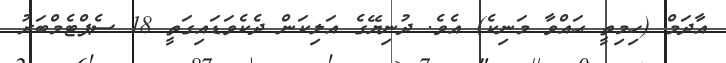
އާދަމް (ހިމިތީ ޙައްވާ މަނިކެ) އެވެ. ދުނިޔޭގެ އަލިކަން ދެކެވަޑައިގަތީ 18 ސެޕްޓެމްބަރު